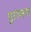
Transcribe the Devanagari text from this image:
पुरानस